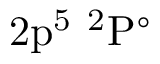
\mathrm { 2 p ^ { 5 } ~ ^ { 2 } P ^ { \circ } }